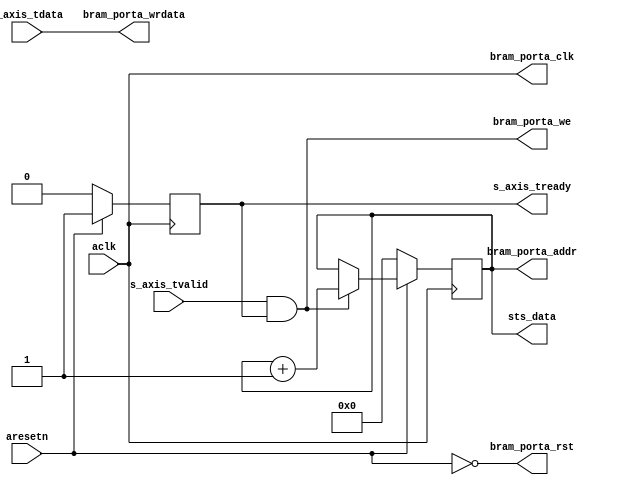
module axis_bram_writer #
(
  parameter integer AXIS_TDATA_WIDTH = 32,
  parameter integer BRAM_DATA_WIDTH = 32,
  parameter integer BRAM_ADDR_WIDTH = 10
)
(
  // System signals
  input  wire                        aclk,
  input  wire                        aresetn,

  output wire [BRAM_ADDR_WIDTH-1:0]  sts_data,

  // Slave side
  output wire                        s_axis_tready,
  input  wire [AXIS_TDATA_WIDTH-1:0] s_axis_tdata,
  input  wire                        s_axis_tvalid,

  // BRAM port
  output wire                        bram_porta_clk,
  output wire                        bram_porta_rst,
  output wire [BRAM_ADDR_WIDTH-1:0]  bram_porta_addr,
  output wire [BRAM_DATA_WIDTH-1:0]  bram_porta_wrdata,
  output wire                        bram_porta_we
);

  reg [BRAM_ADDR_WIDTH-1:0] int_addr_reg, int_addr_next;
  reg int_enbl_reg, int_enbl_next;

  always @(posedge aclk)
  begin
    if(~aresetn)
    begin
      int_addr_reg <= {(BRAM_ADDR_WIDTH){1'b0}};
      int_enbl_reg <= 1'b0;
    end
    else
    begin
      int_addr_reg <= int_addr_next;
      int_enbl_reg <= int_enbl_next;
    end
  end

  always @*
  begin
    int_addr_next = int_addr_reg;
    int_enbl_next = int_enbl_reg;

    if(~int_enbl_reg)
    begin
      int_enbl_next = 1'b1;
    end

    if(s_axis_tvalid & int_enbl_reg)
    begin
      int_addr_next = int_addr_reg + 1'b1;
    end
  end

  assign sts_data = int_addr_reg;

  assign s_axis_tready = int_enbl_reg;

  assign bram_porta_clk = aclk;
  assign bram_porta_rst = ~aresetn;
  assign bram_porta_addr = int_addr_reg;
  assign bram_porta_wrdata = s_axis_tdata;
  assign bram_porta_we = s_axis_tvalid & int_enbl_reg;

endmodule